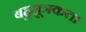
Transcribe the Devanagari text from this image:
बहुमूत्रकता